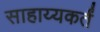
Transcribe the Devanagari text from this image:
साहाय्यकर्तं